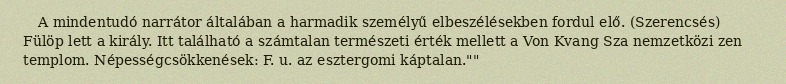
A mindentudó narrátor általában a harmadik személyű elbeszélésekben fordul elő. (Szerencsés) Fülöp lett a király. Itt található a számtalan természeti érték mellett a Von Kvang Sza nemzetközi zen templom. Népességcsökkenések: F. u. az esztergomi káptalan.""